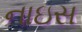
નાઇસ